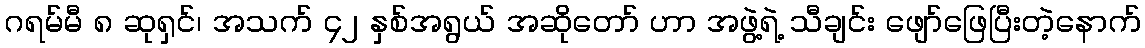
ဂရမ်မီ ၈ ဆုရှင်၊ အသက် ၄၂ နှစ်အရွယ် အဆိုတော် ဟာ အဖွဲ့ရဲ့ သီချင်း ဖျော်ဖြေပြီးတဲ့နောက်